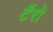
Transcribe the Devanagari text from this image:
टॅरो